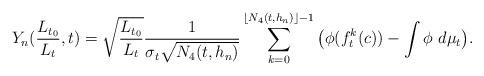
LaTeX: \begin{align*} Y_n(\frac{L_{t_0}}{L_t},t)=\sqrt{ \frac{L_{t_0}}{L_t} } \frac{1}{\sigma_t\sqrt{N_4(t,h_n)} }\sum_{k=0}^{\lfloor N_4(t,h_n) \rfloor-1} \big(\phi(f_t^k(c)) -\int \phi \ d\mu_t\big).\end{align*}